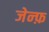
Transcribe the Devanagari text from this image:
जेन्फ़